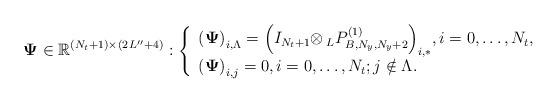
LaTeX: \begin{align*}{\mathbf{\Psi }} \in {\mathbb{R}^{({N_t} + 1) \times (2{\kern 1pt} L'' + 4)}}:\left\{ \begin{array}{l}{\left( {\mathbf{\Psi }} \right)_{i,\Lambda }} = {\left( {{I_{{N_t} + 1}}{ \otimes\, _L}P_{B,{N_y},{N_y} + 2}^{(1)}} \right)_{i,*}},i = 0, \ldots ,{N_t},\\{\left( {\mathbf{\Psi }} \right)_{i,j}} = 0,i = 0, \ldots ,{N_t};j \notin \Lambda .\end{array} \right.\end{align*}